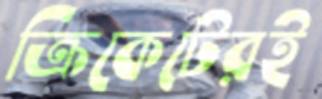
ক্রিকেটেরই